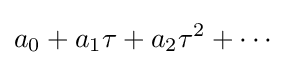
a_{0}+a_{1}\tau +a_{2}\tau ^{2}+\cdots